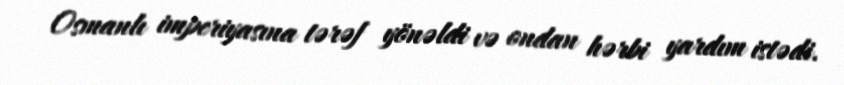
Osmanlı imperiyasına tərəf yönəldi və ondan hərbi yardım istədi.